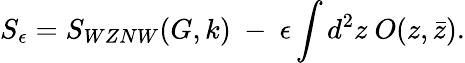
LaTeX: S_{\epsilon}=S_{WZNW}(G,k)~-~\epsilon\int d^{2}z~O(z,\bar{z}).